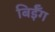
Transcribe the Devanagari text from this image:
बिईँग